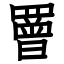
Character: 罾